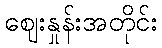
ဈေးနှုန်းအတိုင်း